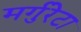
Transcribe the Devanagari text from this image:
मर्गुरेटा